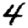
Digit: 4